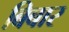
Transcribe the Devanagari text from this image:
बिबार